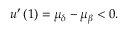
u ^ { \prime } \left( 1 \right) = \mu _ { \delta } - \mu _ { \beta } < 0 .